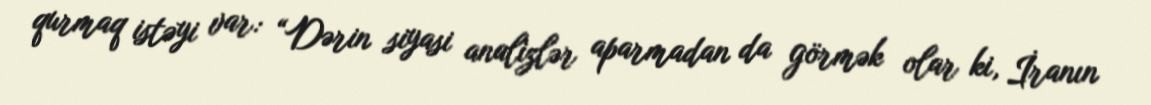
qurmaq istəyi var: “Dərin siyasi analizlər aparmadan da görmək olar ki, İranın